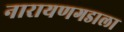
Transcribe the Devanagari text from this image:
नारायणगडाला